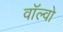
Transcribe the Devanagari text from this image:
वॉल्‍वो